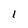
Character: I